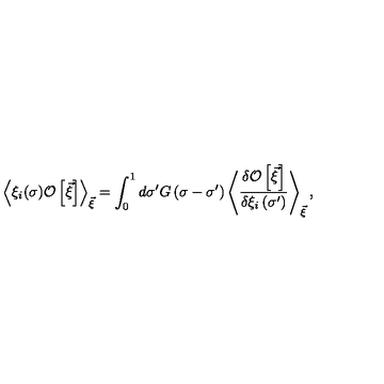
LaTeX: \left< \xi _ { i } ( \sigma ) { \cal O } \left[ \vec { \xi } { } \right] \right> _ { \vec { \xi } } = \int _ { 0 } ^ { 1 } d \sigma ^ { \prime } G \left( \sigma - \sigma ^ { \prime } \right) \left< \frac { \delta { \cal O } \left[ \vec { \xi } { } \right] } { \delta \xi _ { i } \left( \sigma ^ { \prime } \right) } \right> _ { \vec { \xi } } ,